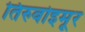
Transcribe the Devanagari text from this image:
तिरुवोइमूर